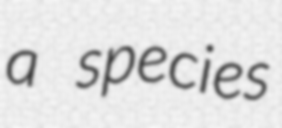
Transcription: a species